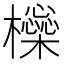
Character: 㰑